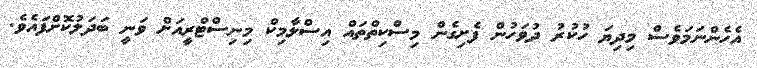
އެހެންނަމަވެސް މިދިޔަ ހުކުރު ދުވަހުން ފެށިގެން މިސްކިތްތައް އިސްލާމިކް މިނިސްޓްރީއަށް ވަނީ ބަދަލުކޮށްފައެވެ.